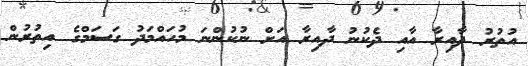
އުތުުރު ދާއިރާ އާއި ދެކުނު ދާއިރާ އަށް ނުކުންނަ މުހައްމަދު ގަސަމްގެ އިތުރުން